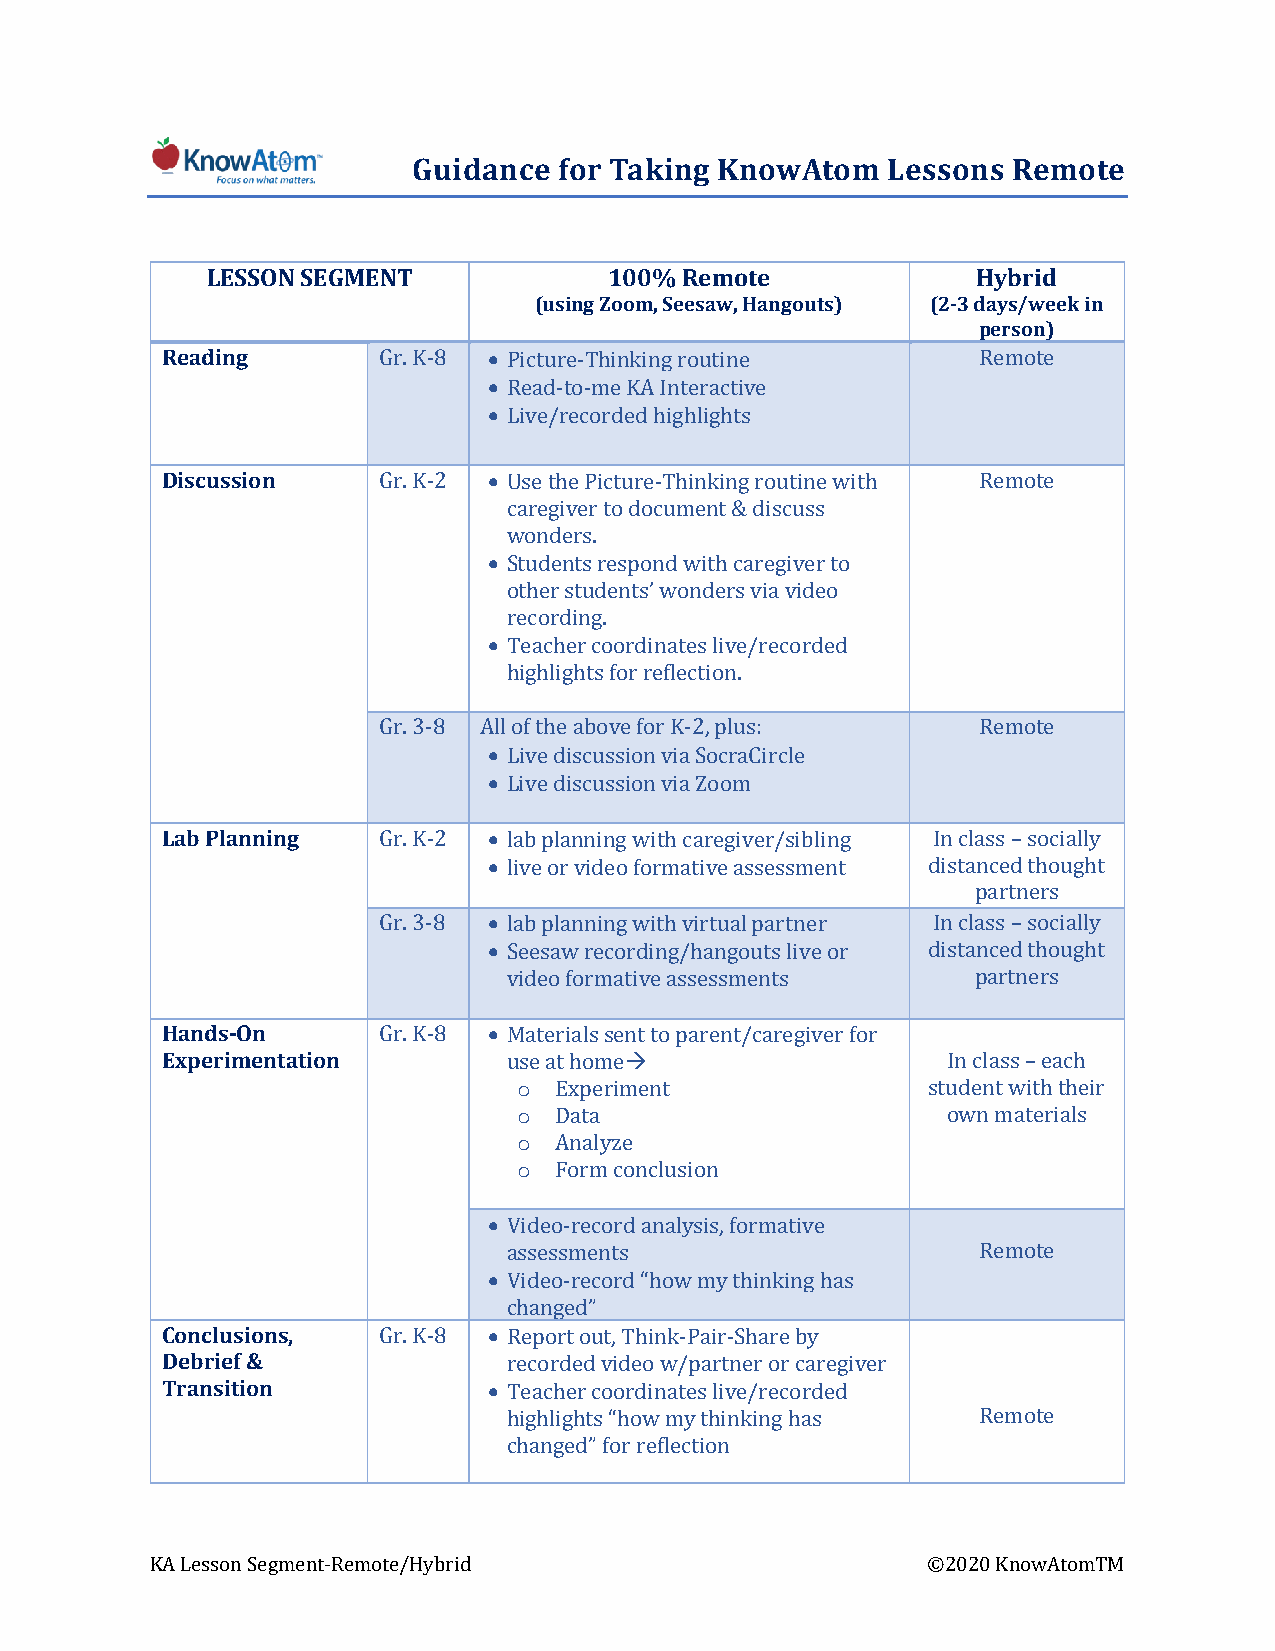
Guidance  for Taking KnowAtom   Lessons Remote
 LESSON SEGMENT            100% Remote              Hybrid
 (using Zoom, Seesaw, Hangouts) (2-3 days/week in
 person)
 Reading              •
 •
 Gr. K-8 • Picture-Thinking routine      Remote
 Read-to-me KA Interactive
 Live/recorded highlights
 Discussion           •
 Gr. K-2  Use the Picture-Thinking routine with Remote
 • caregiver to document & discuss
 wonders.
 Students respond with caregiver to
 • other students’ wonders via video
 recording.
 Teacher coordinates live/recorded
 highlights for reflection.
 •
 Gr. 3-8 A•l l of the above for K-2, plus: Remote
 Live discussion via SocraCircle
 Lab Planning         • Live discussion via Zoom
 •
 Gr. K-2  lab planning with caregiver/sibling In class – socially
 • live or video formative assessment distanced thought
 •
 partners
 Gr. 3-8  lab planning with virtual partner In class – socially
 Seesaw recording/hangouts live or distanced thought
 Hands-On             • video formative assessments    partners
 Experimentation               
 Gr. K-8  Ma terials sent to parent/caregiver for
 o
 use at home                  In class – each
 o
 Experiment              student with their
 o
 Data                      own materials
 o
 Analyze
 •    Form conclusion
 • Video-record analysis, formative
 assessments                    Remote
 Conclusions,         • Video-record “how my thinking has
 Debrief &              changed”
 Transition    Gr. K-8 • Report out, Think-Pair-Share by
 recorded video w/partner or caregiver
 Teacher coordinates live/recorded
 highlights “how my thinking has Remote
 changed” for reflection
 KA Lesson Segment-Remote/Hybrid                    ©2020 KnowAtomTM